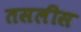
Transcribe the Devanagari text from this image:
तसलीस